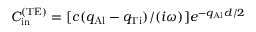
{ \cal C } _ { \mathrm { i n } } ^ { \mathrm { ( T E ) } } = [ c ( q _ { \mathrm { A l } } - q _ { \mathrm { T i } } ) / ( i \omega ) ] e ^ { - q _ { \mathrm { A l } } d / 2 }